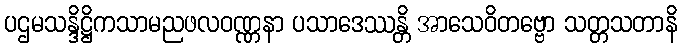
ပဌမသန္ဒိဋ္ဌိကသာမညဖလဝဏ္ဏနာ ပသာဒေဿန္တိ အာသေဝိတဗ္ဗော သတ္တသတာနိ